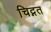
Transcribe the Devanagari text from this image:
चिद्गत